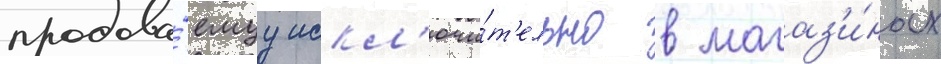
продава́емуу искл'ючи́т'ельно в магаз'и́нах